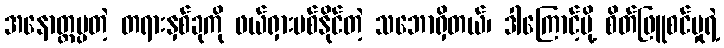
အနောတ္တပ္ပတဲ့ တရားနှစ်ခုကို ဖယ်ရှားပစ်နိုင်တဲ့ သဘောရှိတယ်၊ ဒါကြောင့်မို့ စိတ်ဖြူစင်မှုရဲ့